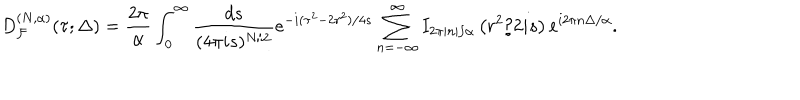
D _ { { \cal F } } ^ { ( N , \alpha ) } ( \tau ; \Delta ) = \frac { 2 \pi } { \alpha } \int _ { 0 } ^ { \infty } \frac { d s } { ( 4 \pi i s ) ^ { N / 2 } } e ^ { - i ( \tau ^ { 2 } - 2 r ^ { 2 } ) / 4 s } \sum _ { n = - \infty } ^ { \infty } I _ { 2 \pi | n | / \alpha } \left( r ^ { 2 } / 2 i s \right) e ^ { i 2 \pi n \Delta / \alpha } .